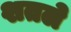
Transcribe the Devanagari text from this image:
शतले